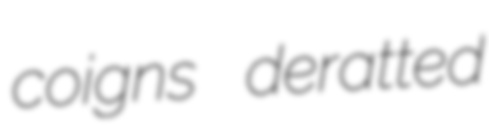
coigns deratted